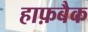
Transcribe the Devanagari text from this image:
हाफ़बैक